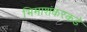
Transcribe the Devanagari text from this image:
भिमाशंकरकडे